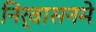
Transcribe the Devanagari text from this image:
निर्वासनमे